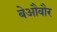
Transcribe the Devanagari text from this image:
बेऔवौर